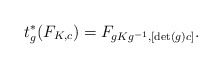
\begin{align*}t_g^*(F_{K,c})=F_{gKg^{-1},[\det(g)c]}.\end{align*}